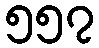
၅၅၇